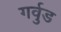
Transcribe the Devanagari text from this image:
गर्वुड